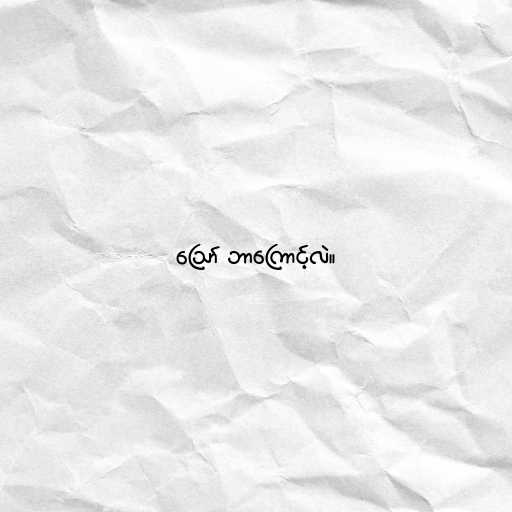
ဪ ဘာကြောင့်လဲ။